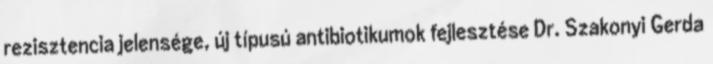
rezisztencia jelensége, új típusú antibiotikumok fejlesztése Dr. Szakonyi Gerda